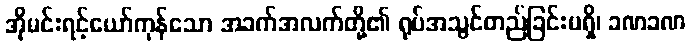
အိုမင်းရင့်ယော်ကုန်သော အခက်အလက်တို့၏ ရုပ်အသွင်တည်ခြင်းမရှိ၊ ခဏခဏ